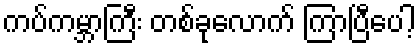
ကပ်ကမ္ဘာကြီး တစ်ခုလောက် ကြာပြီပေါ့